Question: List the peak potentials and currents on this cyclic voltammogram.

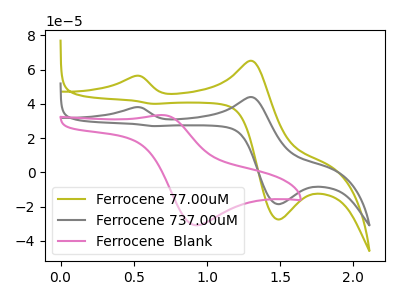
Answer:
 <answer>The olive curve "Ferrocene 77.00uM" has anodic peaks at (0.50V, 56.35uA) (1.30V, 65.20uA) and cathodic peaks at (1.50V, -27.55uA) (0.65V, 40.05uA). The gray curve "Ferrocene 737.00uM" has anodic peaks at (0.50V, 38.00uA) (1.30V, 44.00uA) and cathodic peaks at (1.50V, -18.60uA) (0.65V, 27.05uA). The pink curve "Ferrocene  Blank" has an anodic peak at (0.70V, 33.45uA) and a cathodic peak at (0.95V, -30.95uA).</answer>
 <eval></eval>